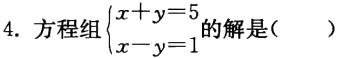
4. 方程组\(\begin{cases}x + y = 5\\x - y = 1\end{cases}\)的解是( )